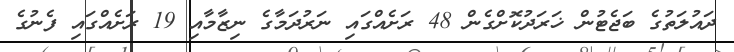
ދައުލަތުގެ ބަޖެޓުން ޚަރަދުކޮށްގެން 48 ރަށެއްގައި ނަރުދަމާގެ ނިޒާމާއި 19 ރަށެއްގައި ފެނުގެ